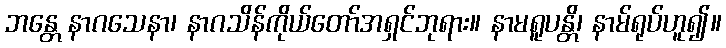
ဘန္တေ နာဂသေနာ၊ နာဂသိန်ကိုယ်တော်အရှင်ဘုရား။ နာမရူပန္တိ၊ နာမ်ရုပ်ဟူ၍။